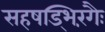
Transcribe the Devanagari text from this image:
सहषड्भिरंगैः